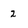
Character: 2